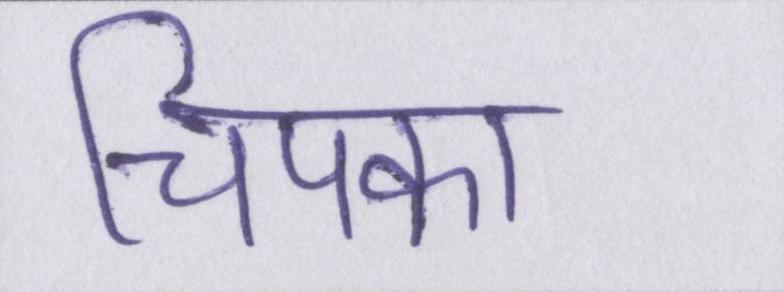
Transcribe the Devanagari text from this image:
चिपका